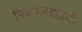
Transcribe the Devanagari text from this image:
निबंधसंग्रहाची